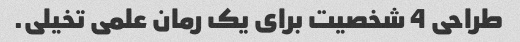
طراحی 4 شخصیت برای یک رمان علمی تخیلی.